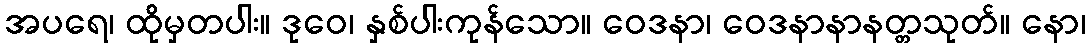
အပရေ၊ ထိုမှတပါး။ ဒုဝေ၊ နှစ်ပါးကုန်သော။ ဝေဒနာ၊ ဝေဒနာနာနတ္တသုတ်။ နော၊